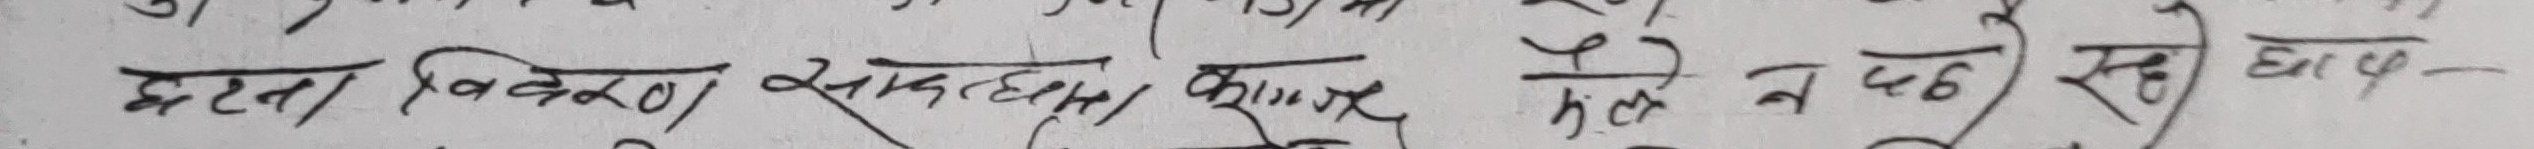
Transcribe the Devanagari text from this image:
घटता विवरण साधुतामा कसरि हेने रछ) एदक-